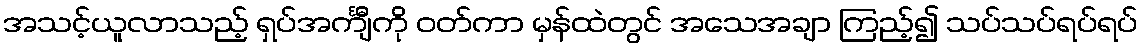
အသင့်ယူလာသည့် ရှပ်အင်္ကျီကို ဝတ်ကာ မှန်ထဲတွင် အသေအချာ ကြည့်၍ သပ်သပ်ရပ်ရပ်